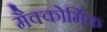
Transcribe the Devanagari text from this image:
मैक्कोर्मिक